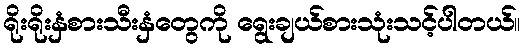
ရိုးရိုးနှံစားသီးနှံတွေကို ရွေးချယ်စားသုံးသင့်ပါတယ်။